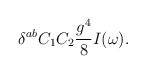
\begin{align*}\delta^{ab} C_1C_2 {g^4 \over 8} I(\omega).\end{align*}